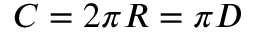
C = 2 \pi R = \pi D